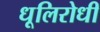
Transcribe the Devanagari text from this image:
धूलिरोधी